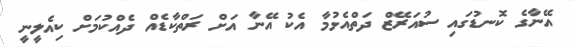
އޭނާގެ ކޮނޑުގައި ސުއަރޭޒް ދަތްއެޅުމާ އެކު އޭނާ އަށް ރަތްކާޑެއް ދެއްކުމަށް ކިއެލީނީ